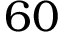
6 0